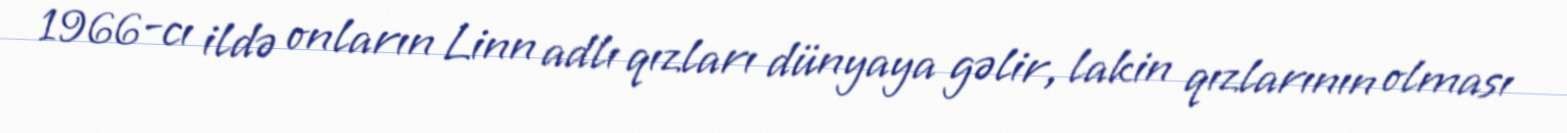
1966-cı ildə onların Linn adlı qızları dünyaya gəlir, lakin qızlarının olması